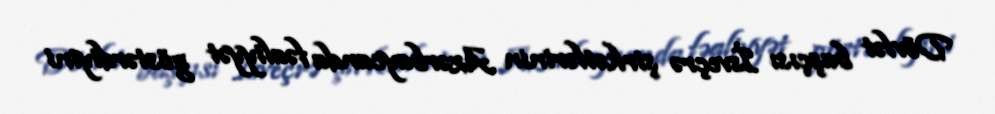
Dövlət başçısı İsveçrə şirkətlərinin Azərbaycanda fəaliyyət göstərdiyini